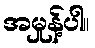
အမှုန့်ပါ။